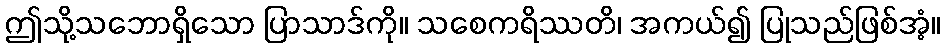
ဤသို့သဘောရှိသော ပြာသာဒ်ကို။ သစေကရိဿတိ၊ အကယ်၍ ပြုသည်ဖြစ်အံ့။